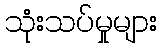
သုံးသပ်မှုများ